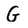
Character: G